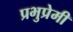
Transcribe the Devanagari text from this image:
प्रभुप्रेमी